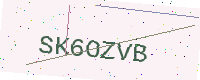
Text: SK6OZVB